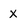
Character: x